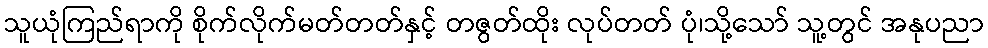
သူယုံကြည်ရာကို စိုက်လိုက်မတ်တတ်နှင့် တဇွတ်ထိုး လုပ်တတ် ပုံ၊သို့သော် သူ့တွင် အနုပညာ